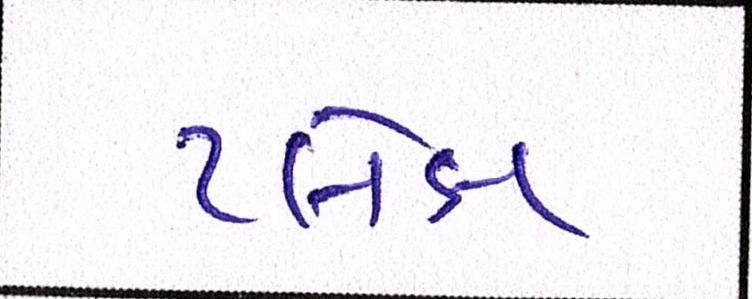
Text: પ્લેક્ષ